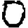
Digit: 0